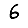
Digit: 6